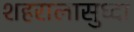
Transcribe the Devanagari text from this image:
शहरालासुध्दा